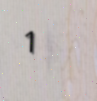
1